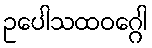
ဥပေါသထဝဂ္ဂေါ